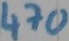
Text: 470Ω